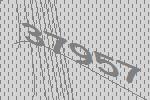
37957